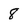
Character: 8